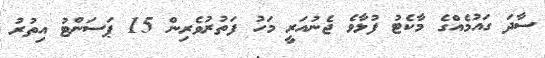
ސާދަ ގައުމެއްގެ މާކެޓު ފުޅާވެ ޖެނުއަރީ މަހު ފަތުރުވެރިން 15 ޕަސަންޓު އިތުރު